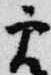
実